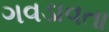
ગવડાવતા